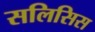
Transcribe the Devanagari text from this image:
सलिसिस